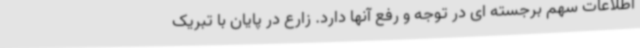
اطلاعات سهم برجسته ای در توجه و رفع آنها دارد. زارع در پایان با تبریک